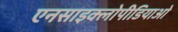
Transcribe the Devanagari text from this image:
एनसाइक्लोपीडियाओ